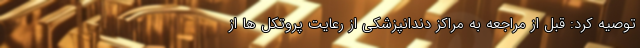
توصیه کرد: قبل از مراجعه به مراکز دندانپزشکی از رعایت پروتکل ها از